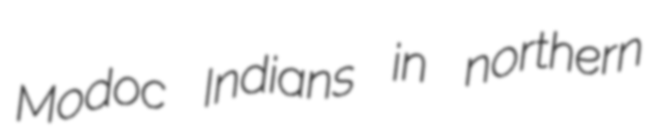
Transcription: Modoc Indians in northern